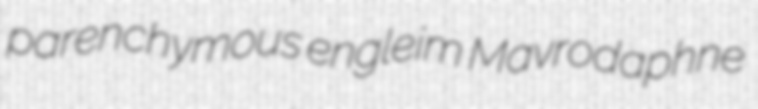
parenchymous engleim Mavrodaphne